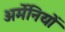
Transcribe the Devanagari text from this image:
अर्मेनियों